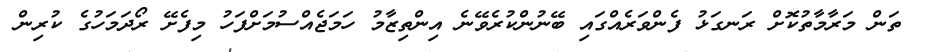
ތަން މަރާމާތުކޮށް ރަނގަޅު ފެންވަރެއްގައި ބޭނުންކުރެވޭނެ އިންތިޒާމު ހަމަޖެއްސުމަށްފަހު މިފެށޭ ރޯދަމަހުގެ ކުރިން